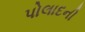
પોલાદની